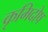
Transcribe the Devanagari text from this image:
कृमिदोष